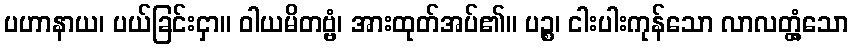
ပဟာနာယ၊ ပယ်ခြင်းငှာ။ ဝါယမိတဗ္ဗံ၊ အားထုတ်အပ်၏။ ပဉ္စ၊ ငါးပါးကုန်သော လာလတ္တံ့သော